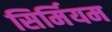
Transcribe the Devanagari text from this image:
सिर्मियम